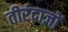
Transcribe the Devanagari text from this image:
तीरंदाज़ों